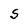
Character: S